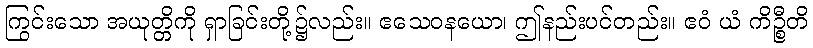
ကြွင်းသော အယုတ္တိကို ရှာခြင်းတို့၌လည်း။ ဧသေဝနယော၊ ဤနည်းပင်တည်း။ ဧဝံ ယံ ကိဉ္စီတိ